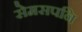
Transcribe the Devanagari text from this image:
सेमसपनि